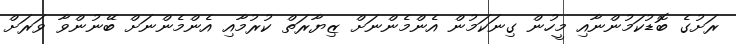
ރަށުގެ ބޮޑުކަމުންނާއި މީހުން ގިނަކަމުން އެންމެންނަށް ޒިޔާރަތް ކުރުމާއި އެންމެންނަށް ބޭނުންވާ ވަރަށް